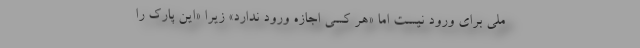
ملي براي ورود نيست اما «هر كسي اجازه ورود ندارد» زيرا «اين پارك را